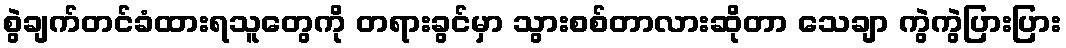
စွဲချက်တင်ခံထားရသူတွေကို တရားခွင်မှာ သွားစစ်တာလားဆိုတာ သေချာ ကွဲကွဲပြားပြား